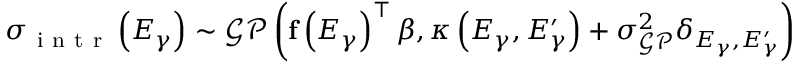
\sigma _ { \mathrm { ~ i ~ n ~ t ~ r ~ } } \left( E _ { \gamma } \right) \sim \mathcal { G P } \left( \mathbf { f } \left( E _ { \gamma } \right) ^ { \intercal } \boldsymbol { \beta } , \kappa \left( E _ { \gamma } , E _ { \gamma } ^ { \prime } \right) + \sigma _ { \mathcal { G P } } ^ { 2 } \delta _ { E _ { \gamma } , E _ { \gamma } ^ { \prime } } \right)